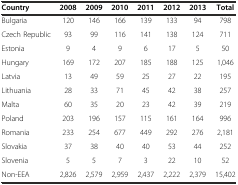
<table><thead><tr><td><b>Country</b></td><td><b>2008</b></td><td><b>2009</b></td><td><b>2010</b></td><td><b>2011</b></td><td><b>2012</b></td><td><b>2013</b></td><td><b>Total</b></td></tr></thead><tbody><tr><td>Bulgaria</td><td>120</td><td>146</td><td>166</td><td>139</td><td>133</td><td>94</td><td>798</td></tr><tr><td>Czech Republic</td><td>93</td><td>99</td><td>116</td><td>141</td><td>138</td><td>124</td><td>711</td></tr><tr><td>Estonia</td><td>9</td><td>4</td><td>9</td><td>6</td><td>17</td><td>5</td><td>50</td></tr><tr><td>Hungary</td><td>169</td><td>172</td><td>207</td><td>185</td><td>188</td><td>125</td><td>1,046</td></tr><tr><td>Latvia</td><td>13</td><td>49</td><td>59</td><td>25</td><td>27</td><td>22</td><td>195</td></tr><tr><td>Lithuania</td><td>28</td><td>33</td><td>71</td><td>45</td><td>42</td><td>38</td><td>257</td></tr><tr><td>Malta</td><td>60</td><td>35</td><td>20</td><td>23</td><td>42</td><td>39</td><td>219</td></tr><tr><td>Poland</td><td>203</td><td>196</td><td>157</td><td>115</td><td>161</td><td>164</td><td>996</td></tr><tr><td>Romania</td><td>233</td><td>254</td><td>677</td><td>449</td><td>292</td><td>276</td><td>2,181</td></tr><tr><td>Slovakia</td><td>37</td><td>38</td><td>40</td><td>40</td><td>53</td><td>44</td><td>252</td></tr><tr><td>Slovenia</td><td>5</td><td>5</td><td>7</td><td>3</td><td>22</td><td>10</td><td>52</td></tr><tr><td>Non-EEA</td><td>2,826</td><td>2,579</td><td>2,959</td><td>2,437</td><td>2,222</td><td>2,379</td><td>15,402</td></tr></tbody></table>